Annual report of the Punjab Veterinary College and of the Civil Veterinary Department, Punjab - 1894-1908
Year: 1894
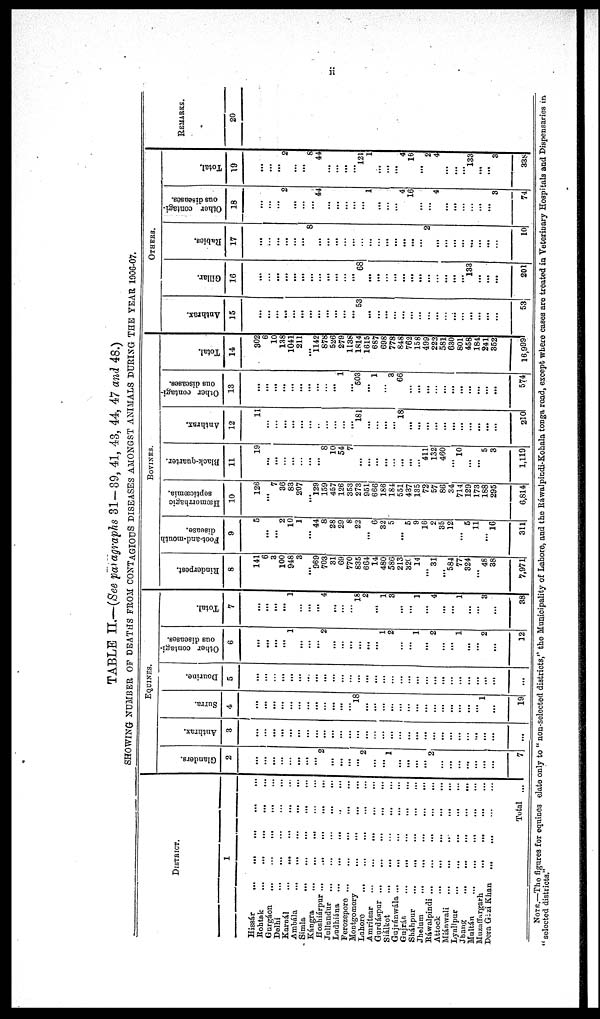
ii
TABLE II.-(See paragraphs 31-39, 41, 43, 44, 47 and 48.)
SHOWING NUMBER OF DEATHS FROM CONTAGIOUS DISEASES AMONGST ANIMALS DURING THE YEAR 1906-07.
DISTRICT
1
Hissar
...
...
...
...
...
Rohtak
...
...
...
...
Gurgáon
...
...
...
Delhi
...
...
...
...
...
Karnál
...
...
...
...
Ambála
...
...
...
...
...
Simla ... ... ... ... ...
Kángra
...
...
...
...
...
Hoshiárpur
...
... ... ...
Jullundur ... ... ... ... ...
Ludhiána
... ... ... ..
Ferozepore ... ... ... ... ...
Montgomery ... ... ... ...
Lahore
...
... ... ...
Amritsar
...
... ... ... ...
Gurdáspur ...
... ... ... ...
Siálkot
...
...
...
...
Gujránwála ...
...
...
...
...
...
Gujrát.
... ... ... ...
Sháhpur
...
...
... ... ...
Jhelum
... ... ... ... ...
Ráwalpindi ...
...
...
...
Attock
...
...
...
...
Mánwali
...
...
... ... ...
Lyallpur
...
...
...
...
Jhang
..
... ... ... ...
Multán
...
...
...
...
...
Muzaffargarh
... ... ...
Dera Gazi Khan
...
...
...
...
Total ...
EQUINES.
Glanders.
2
...
...
...
...
...
...
...
......
2
......
...
...
...
2
...
...
1
...
...
...
...
2
...
...
...
...
...
...
...
7
Anthrax.
3
...
...
...
...
...
...
...
...
...
...
...
...
...
...
...
...
...
...
...
...
...
...
...
...
...
...
...
...
...
...
Surra.
4
...
...
...
...
...
...
...
...
...
...
...
...
18
...
...
...
...
...
...
...
...
...
...
...
...
...
...
1
...
19
Dourine.
5
...
...
...
...
...
...
...
...
...
...
...
...
...
...
...
...
...
...
...
...
...
...
...
...
...
...
...
...
...
...
Other contagi-
ous diseases.
6
...
...
...
...
1
...
...
...
2
...
...
...
...
...
...
1
2
...
...
1
...
2
...
...
1
...
...
2
...
12
Total.
7
...
...
...
...
1
...
...
...
4
...
...
...
18
2
...
1
3
...
...
1
...
4
...
...
1
...
...
3
...
38
BOVINES.
Rinderpest.
8
141
6
3
100
948
3
...
969
703
31
69
770
835
664
14
480
586
213
320
14
...
31
...
584
77
324
...
48
38
7,971
Foot-and-mouth
disease.
9
5
...
...
2
10
1
...
44
8
28
29
8
22
...
6
32
5
...
5
9
16
2
35
12
...
5
11
...
16
311
Hæmorrhagic
septicæmia.
10
126
...
7
36
83
207
...
129
159
457
126
353
273
951
666
186
184
551
437
135
72
57
86
34
714
129
173
188
295
6,814
Black-quarter.
11
19
...
...
...
...
...
...
...
8
10
54
7
...
...
...
...
...
...
...
...
411
132
460
...
10
...
...
5
3
1,119
Anthrax.
12
11
...
...
...
...
...
...
...
...
...
...
...
181
...
...
...
...
18
...
...
...
...
...
...
...
...
...
...
...
210
Other contagi-
ous diseases.
13
...
...
...
...
...
...
...
...
...
...
1
...
503
...
1
...
3
66
...
...
...
...
...
...
...
...
...
...
...
574
Total.
14
302
6
10
138
1041
211
...
1142
878
526
279
1138
1814
1615
687
698
778
848
762
158
499
222
581
630
801
458
184
241
352
16,999
OTHERS.
Anthrax.
15
...
...
...
...
...
...
...
...
...
...
...
...
53
...
...
...
...
...
...
...
...
...
...
...
...
...
...
...
...
53
Gillar.
16
...
...
...
...
...
...
...
...
...
...
...
...
68
...
...
...
...
...
...
...
...
...
...
...
...
133
...
...
...
201
Rabies.
17
...
...
...
...
...
...
8
...
...
...
...
...
...
...
...
...
...
...
...
2
...
...
...
...
...
...
...
...
10
Other contagi-
ous diseases.
18
...
...
...
2
...
...
...
44
...
...
...
...
...
1
...
...
...
4
16
...
...
4
...
...
...
...
...
...
8
74
Total.
19
...
...
...
2
...
...
8
44
...
...
...
...
121
1
...
...
...
4
16
...
2
4
...
...
...
133
...
...
3
338
REMARKS.
20
NOTE.—The figures for equines elate only to "non-selected districts," the Municipality of Lahore, and the Ráwalpindi-Kohala tonga road, except where cases are treated in Veterinary Hospitals and Dispensaries in
"selected districts."